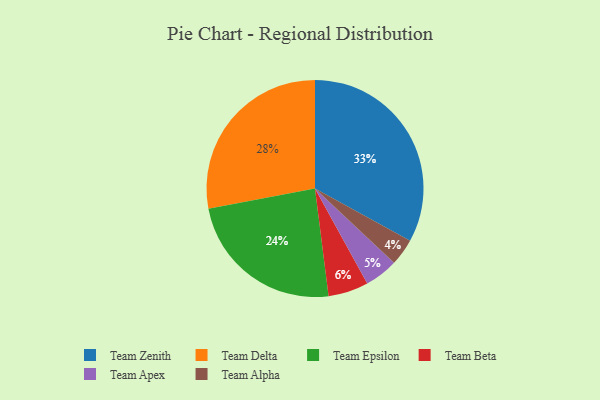
{"axis": {"x": "Category", "y": "Percentage"}, "legend": ["Team Alpha", "Team Apex", "Team Beta", "Team Delta", "Team Epsilon", "Team Zenith"], "data": [{"x": "Team Alpha", "y": 4, "type": "Team Alpha"}, {"x": "Team Delta", "y": 28, "type": "Team Delta"}, {"x": "Team Zenith", "y": 33, "type": "Team Zenith"}, {"x": "Team Beta", "y": 6, "type": "Team Beta"}, {"x": "Team Apex", "y": 5, "type": "Team Apex"}, {"x": "Team Epsilon", "y": 24, "type": "Team Epsilon"}]}